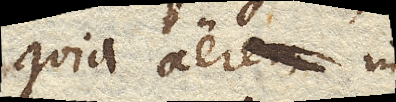
quia aer in